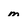
Character: m